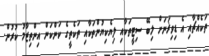
ތަކެއްޗާއި އެ ޑިވިޜަނަށް ލިބޭ ސިޓީތަކާއި ލިޔެކިޔުންތަކާއި ތަކެތީގެ ކަންކަން އިންތިޒާމު ކުރުން.